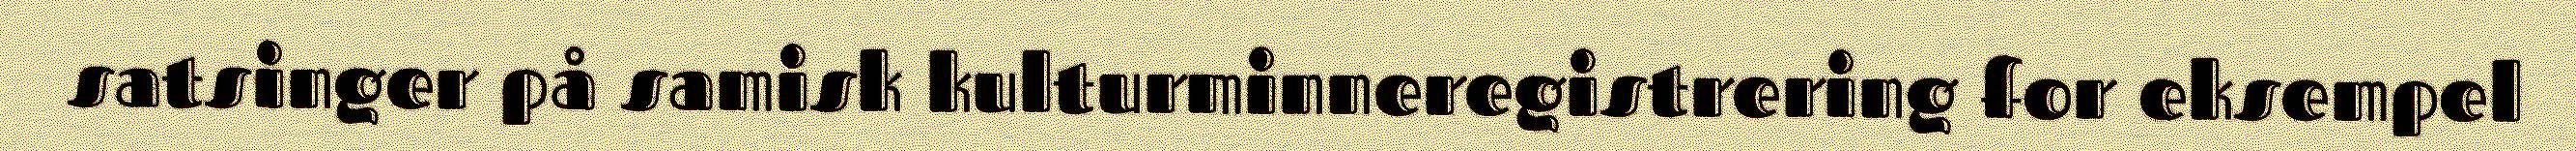
satsinger på samisk kulturminneregistrering for eksempel